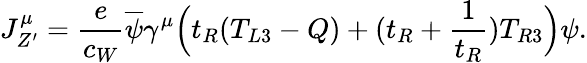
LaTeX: J_{Z^{\prime}}^{\mu}=\frac{e}{c_{W}}\overline{{{\psi}}}\gamma^{\mu}\Bigl(t_{R}(T_{L3}-Q)+(t_{R}+\frac{1}{t_{R}})T_{R3}\Bigr)\psi.